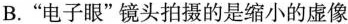
B.”电子眼”镜头拍摄的是缩小的虚像